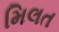
મિલત